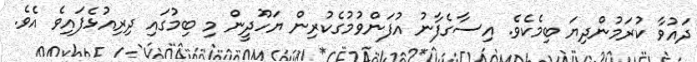
ދައުވާ ކުރަމުންދިޔަ ބިމެކެވެ. އިސާގެފާނު އުފަންވުމުގެކުރިން ޔަހޫދީން މި ބިމުގައި ދިރިއުޅެފައިވެ އެވެ.